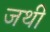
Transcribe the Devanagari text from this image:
जथी